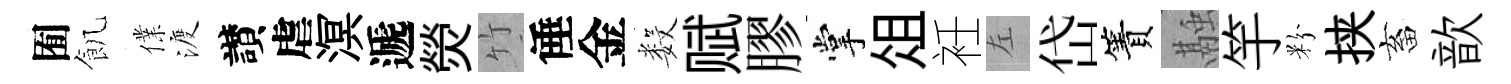
囿飢㒒渡讃虐溟遞熒竹倕金数赋膠掌俎衽左岱簀融竽粉挟畜歆